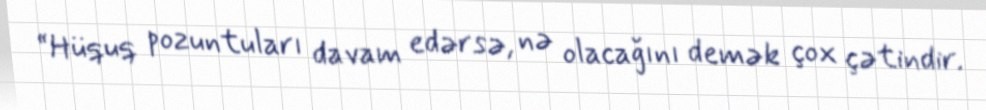
“Hüquq pozuntuları davam edərsə, nə olacağını demək çox çətindir.